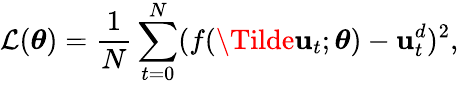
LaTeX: \mathcal{L}(\boldsymbol{\theta})=\frac{1}{N}\sum_{t=0}^{N}(f(\Tilde{\mathbf{u}}_{t};\boldsymbol{\theta})-\mathbf{u}_{t}^{d})^{2},